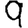
Digit: 9